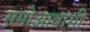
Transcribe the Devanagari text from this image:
समोआवासी